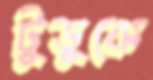
টুডুকে